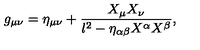
g _ { \mu \nu } = \eta _ { \mu \nu } + \frac { X _ { \mu } X _ { \nu } } { l ^ { 2 } - \eta _ { \alpha \beta } X ^ { \alpha } X ^ { \beta } } ,